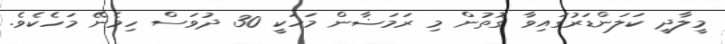
މީލާދީ ކަލަންޑަރުގައިވާ ގޮތުން މި ރަމަޟާން މަހަކީ 30 ދުވަސް ހިމެނޭ މަހެކެވެ.